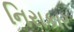
નિરાકાર